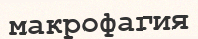
макрофагия